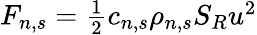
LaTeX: \begin{array}{r}{F_{n,s}=\frac{1}{2}c_{n,s}\rho_{n,s}S_{R}u^{2}}\end{array}